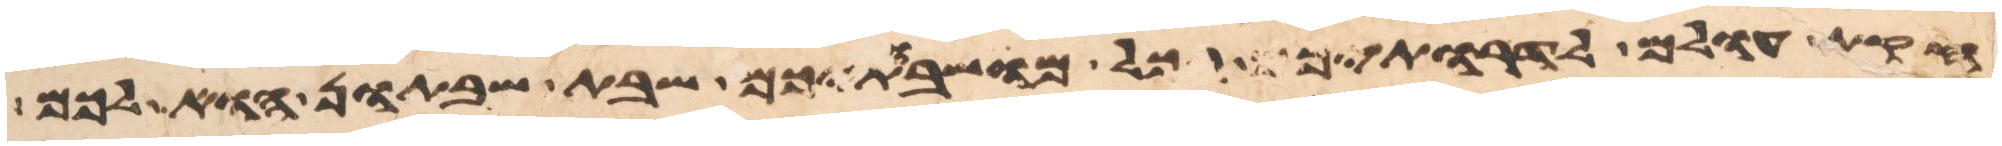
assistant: חקות עולם לדרתיכם בכל מושבתיכם שבת שבתון הוא לכם